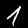
Label: 1